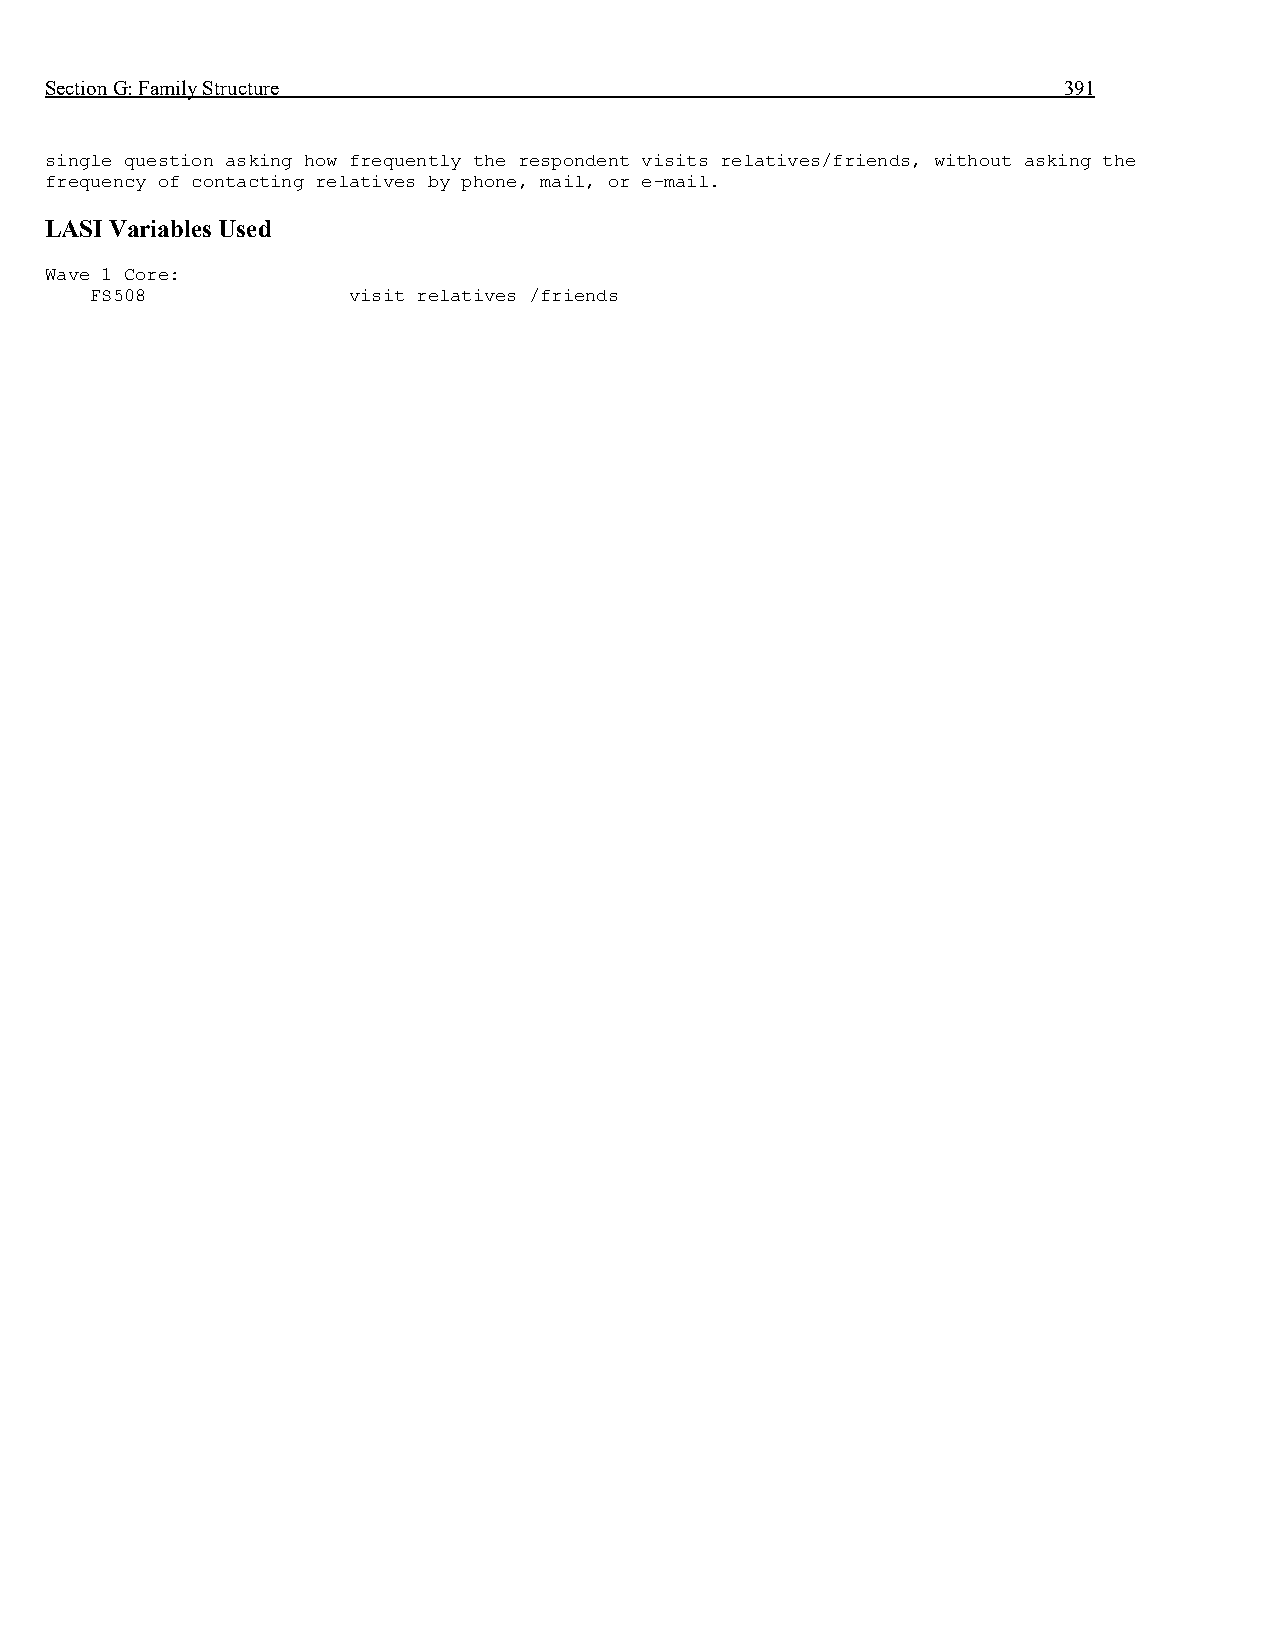
Section G: Family Structure                                        391
 single question asking how frequently the respondent visits relatives/friends, without asking the
 frequency of contacting relatives by phone, mail, or e-mail.
 LASI Variables Used
 Wave 1 Core:
 FS508            visit relatives /friends